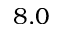
8 . 0